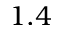
1 . 4